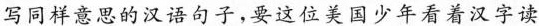
写同样意思的汉语句子，要这位美国少年看着汉字读